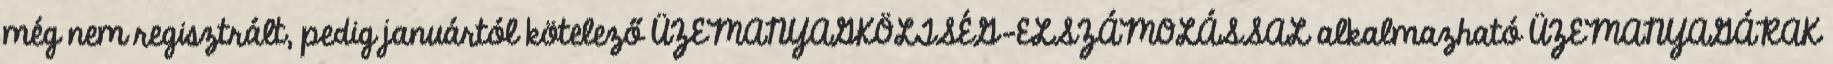
még nem regisztrált, pedig januártól kötelező ÜZEMANYAGKÖLTSÉG-ELSZÁMOLÁSSAL alkalmazható ÜZEMANYAGÁRAK